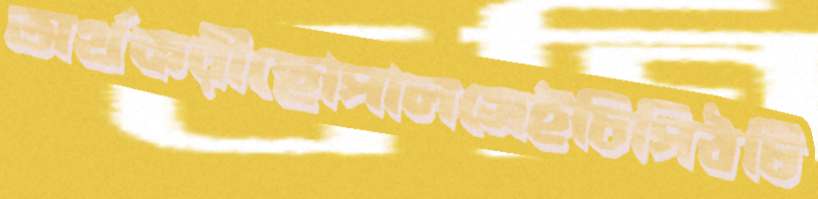
অর্থকরীছোপালসেইচিপিঠটি